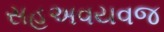
સહઅવયવજ